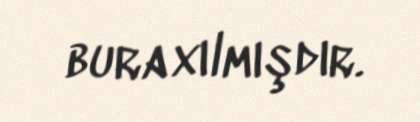
buraxılmışdır.